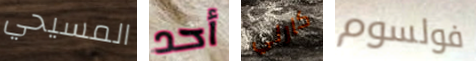
المسيحي أحد كارلي فولسوم